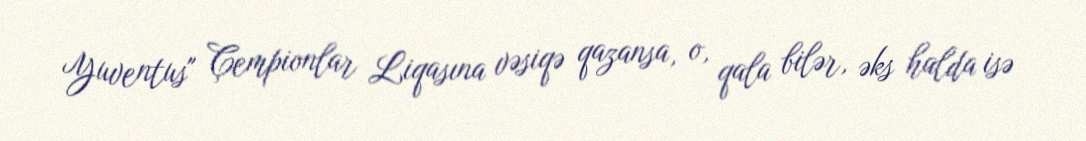
Yuventus" Çempionlar Liqasına vəsiqə qazansa, o, qala bilər, əks halda isə